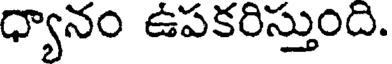
ధ్యానం ఉపకరిస్తుంది.